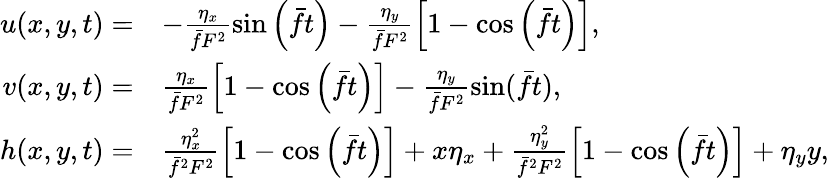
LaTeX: \begin{array}{rl}{u(x,y,t)=}&{-\frac{\eta_{x}}{\bar{f}F^{2}}\sin\left(\bar{f}t\right)-\frac{\eta_{y}}{\bar{f}F^{2}}\left[1-\cos\left(\bar{f}t\right)\right],}\\ {v(x,y,t)=}&{\frac{\eta_{x}}{\bar{f}F^{2}}\left[1-\cos\left(\bar{f}t\right)\right]-\frac{\eta_{y}}{\bar{f}F^{2}}\sin(\bar{f}t),}\\ {h(x,y,t)=}&{\frac{\eta_{x}^{2}}{\bar{f}^{2}F^{2}}\left[1-\cos\left(\bar{f}t\right)\right]+x\eta_{x}+\frac{\eta_{y}^{2}}{\bar{f}^{2}F^{2}}\left[1-\cos\left(\bar{f}t\right)\right]+\eta_{y}y,}\end{array}